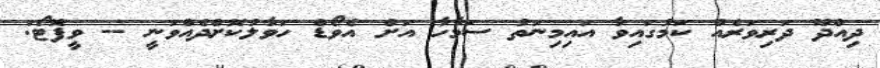
ދިއްދޫ ދަރިވަރެއް ކަމުގައިވާ އައިމިނަތު ސަމާހާ އަށް އެވޯޑް ހަވާލުކޮށްދެއްވަނީ -- ވީފޮޓޯ: